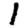
Digit: 1